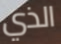
الذي